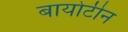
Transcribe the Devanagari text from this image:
बायोटीन